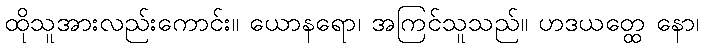
ထိုသူအားလည်းကောင်း။ ယောနရော၊ အကြင်သူသည်။ ဟဒယတ္ထေ နော၊